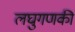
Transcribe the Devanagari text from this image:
लघुगणकी